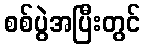
စစ်ပွဲအပြီးတွင်